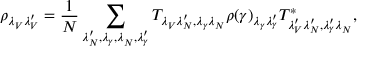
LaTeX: \rho _ { \lambda _ { V } ^ { } \lambda _ { V } ^ { \prime } } = \frac { 1 } { N } \sum _ { \lambda _ { N } ^ { \prime } , \lambda _ { \gamma } , \lambda _ { N } ^ { } , \lambda _ { \gamma } ^ { \prime } } T _ { \lambda _ { V } ^ { } \lambda _ { N } ^ { \prime } , \lambda _ { \gamma } \lambda _ { N } ^ { } } \rho ( \gamma ) _ { \lambda _ { \gamma } \lambda _ { \gamma } ^ { \prime } } T _ { \lambda _ { V } ^ { \prime } \lambda _ { N } ^ { \prime } , \lambda _ { \gamma } ^ { \prime } \lambda _ { N } ^ { } } ^ { * } ,